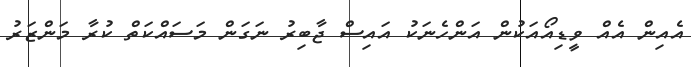
އެއިން އެއް ވީޑިއޯއަކުން އަންހެނަކު އައިސް ޖާބިރު ނަގަން މަސައްކަތް ކުރާ މަންޒަރު